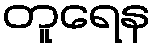
တူရေန